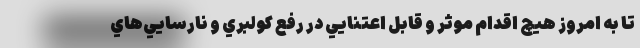
تا به امروز هيچ اقدام موثر و قابل اعتنايي در رفع كولبري و نارسايي‌هاي